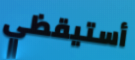
أستيقظي